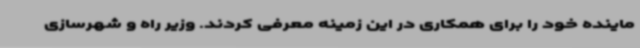
ماینده خود را برای همکاری در این زمینه معرفی کردند. وزیر راه و شهرسازی